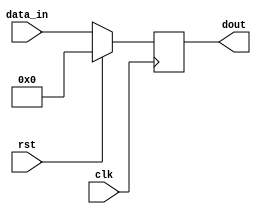
`timescale 1ns / 1ps
//////////////////////////////////////////////////////////////////////////////////
// Company: 
// Engineer: 
// 
// Design Name: 
// Module Name: pipo
// Project Name: 
// Target Devices: 
// Tool Versions: 
// Description: 
// 
// Dependencies: 
// 
// Revision:
// Revision 0.01 - File Created
// Additional Comments:
// 
//////////////////////////////////////////////////////////////////////////////////


module pipo(dout,clk,rst,data_in);
output reg [3:0]dout;
input clk,rst;
input [3:0] data_in;
always @ (posedge clk)
if (rst == 1)
    dout =4'b0000;
else
    dout = data_in;
endmodule